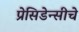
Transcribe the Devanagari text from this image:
प्रेसिडेन्सीचे